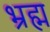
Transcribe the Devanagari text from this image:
भ्रह्म